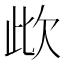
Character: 㰣